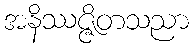
အနိဿဇ္ဇိတသညာ